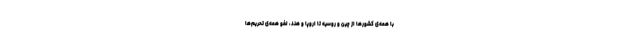
با همه‌ی کشورها از چین و روسیه تا اروپا و هند، لغو همه‌ی تحریم‌ها